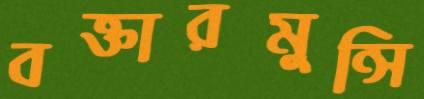
বক্তারমুন্সি